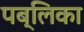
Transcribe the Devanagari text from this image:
पब्लिका